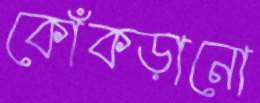
কোঁকড়ানো